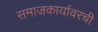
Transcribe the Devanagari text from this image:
समाजकार्यावरची